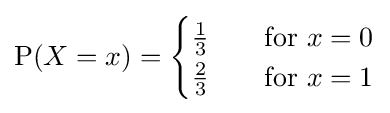
\mathrm {P} (X=x)={\begin{cases}{\frac {1}{3}}&\quad {\text{for }}x=0\\{\frac {2}{3}}&\quad {\text{for }}x=1\end{cases}}